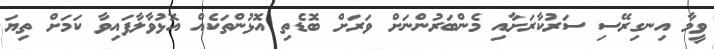
ވީމާ އިނގިރޭސި ސަރުކާރަށާއި މެންބަރުންނަށް ވަރަށް ބޮޑެތި އޮޅުންތަކެއް އޮޅުވާލާފައިވާ ކަމަށް ތިޔަ